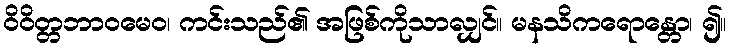
ဝိဝိတ္တဘာဝမေဝ၊ ကင်းသည်၏ အဖြစ်ကိုသာလျှင်။ မနသိကရောန္တော၊ ၍။